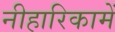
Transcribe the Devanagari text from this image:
नीहारिकामें